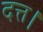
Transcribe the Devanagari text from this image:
दत्त।